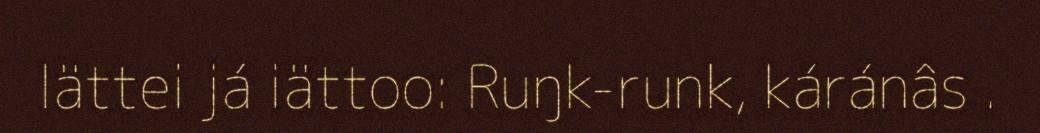
lättei já iättoo: Ruŋk-runk, káránâs .